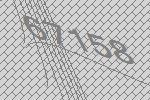
67158